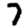
Digit: 7